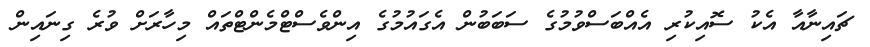
ޗައިނާއާ އެކު ސޮއިކުރި އެއްބަސްވުމުގެ ސަބަބުން އެގައުމުގެ އިންވެސްޓްމެންޓްތައް މިހާރަށް ވުރެ ގިނައިން